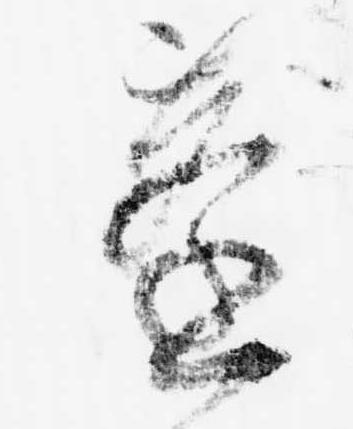
蓬